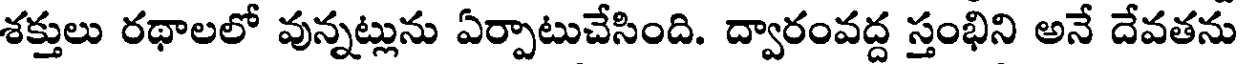
శక్తులు రథాలలో వున్నట్లును ఏర్పాటుచేసింది. ద్వారంవద్ద స్తంభిని అనే దేవతను